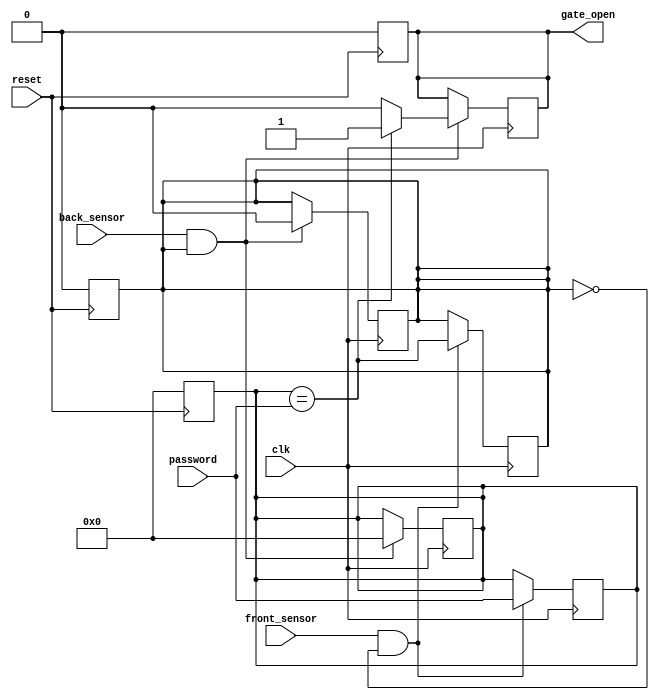
module car_parking_system(
    input clk, 
    input reset,
    input front_sensor, 
    input [3:0] password, 
    input back_sensor, 
    output reg gate_open 
    );
    
    reg [3:0] entered_password; 
    reg password_entered;  
    
    // reset logic
    always @(posedge reset) begin
        entered_password <= 4'b0000;
        password_entered <= 0;
        gate_open <= 0;
    end
    
    
    always @(posedge clk) begin
        if (front_sensor && !password_entered) begin
            $display("Please enter password:"); 
            entered_password <= {entered_password[2:0], password};
            password_entered <= (entered_password == password); 
        end
    end
    
    
    always @(posedge clk) begin
        if (back_sensor && password_entered) begin 
            if (entered_password == password) begin 
                $display("Gate opening..."); 
                gate_open = 1'b1;  
            end else begin
                $display("Incorrect password. Try again."); 
                gate_open = 1'b0;
            end
            entered_password <= 4'b0000; 
            password_entered <= 0; 
        end
end
endmodule